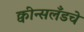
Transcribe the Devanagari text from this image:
क्वीन्सलँडचे